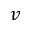
v